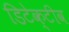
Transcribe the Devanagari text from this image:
डिटेक्टीव